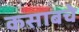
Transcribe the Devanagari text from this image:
कसाबचे